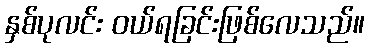
နှစ်ပုလင်း ဝယ်ရခြင်းဖြစ်လေသည်။